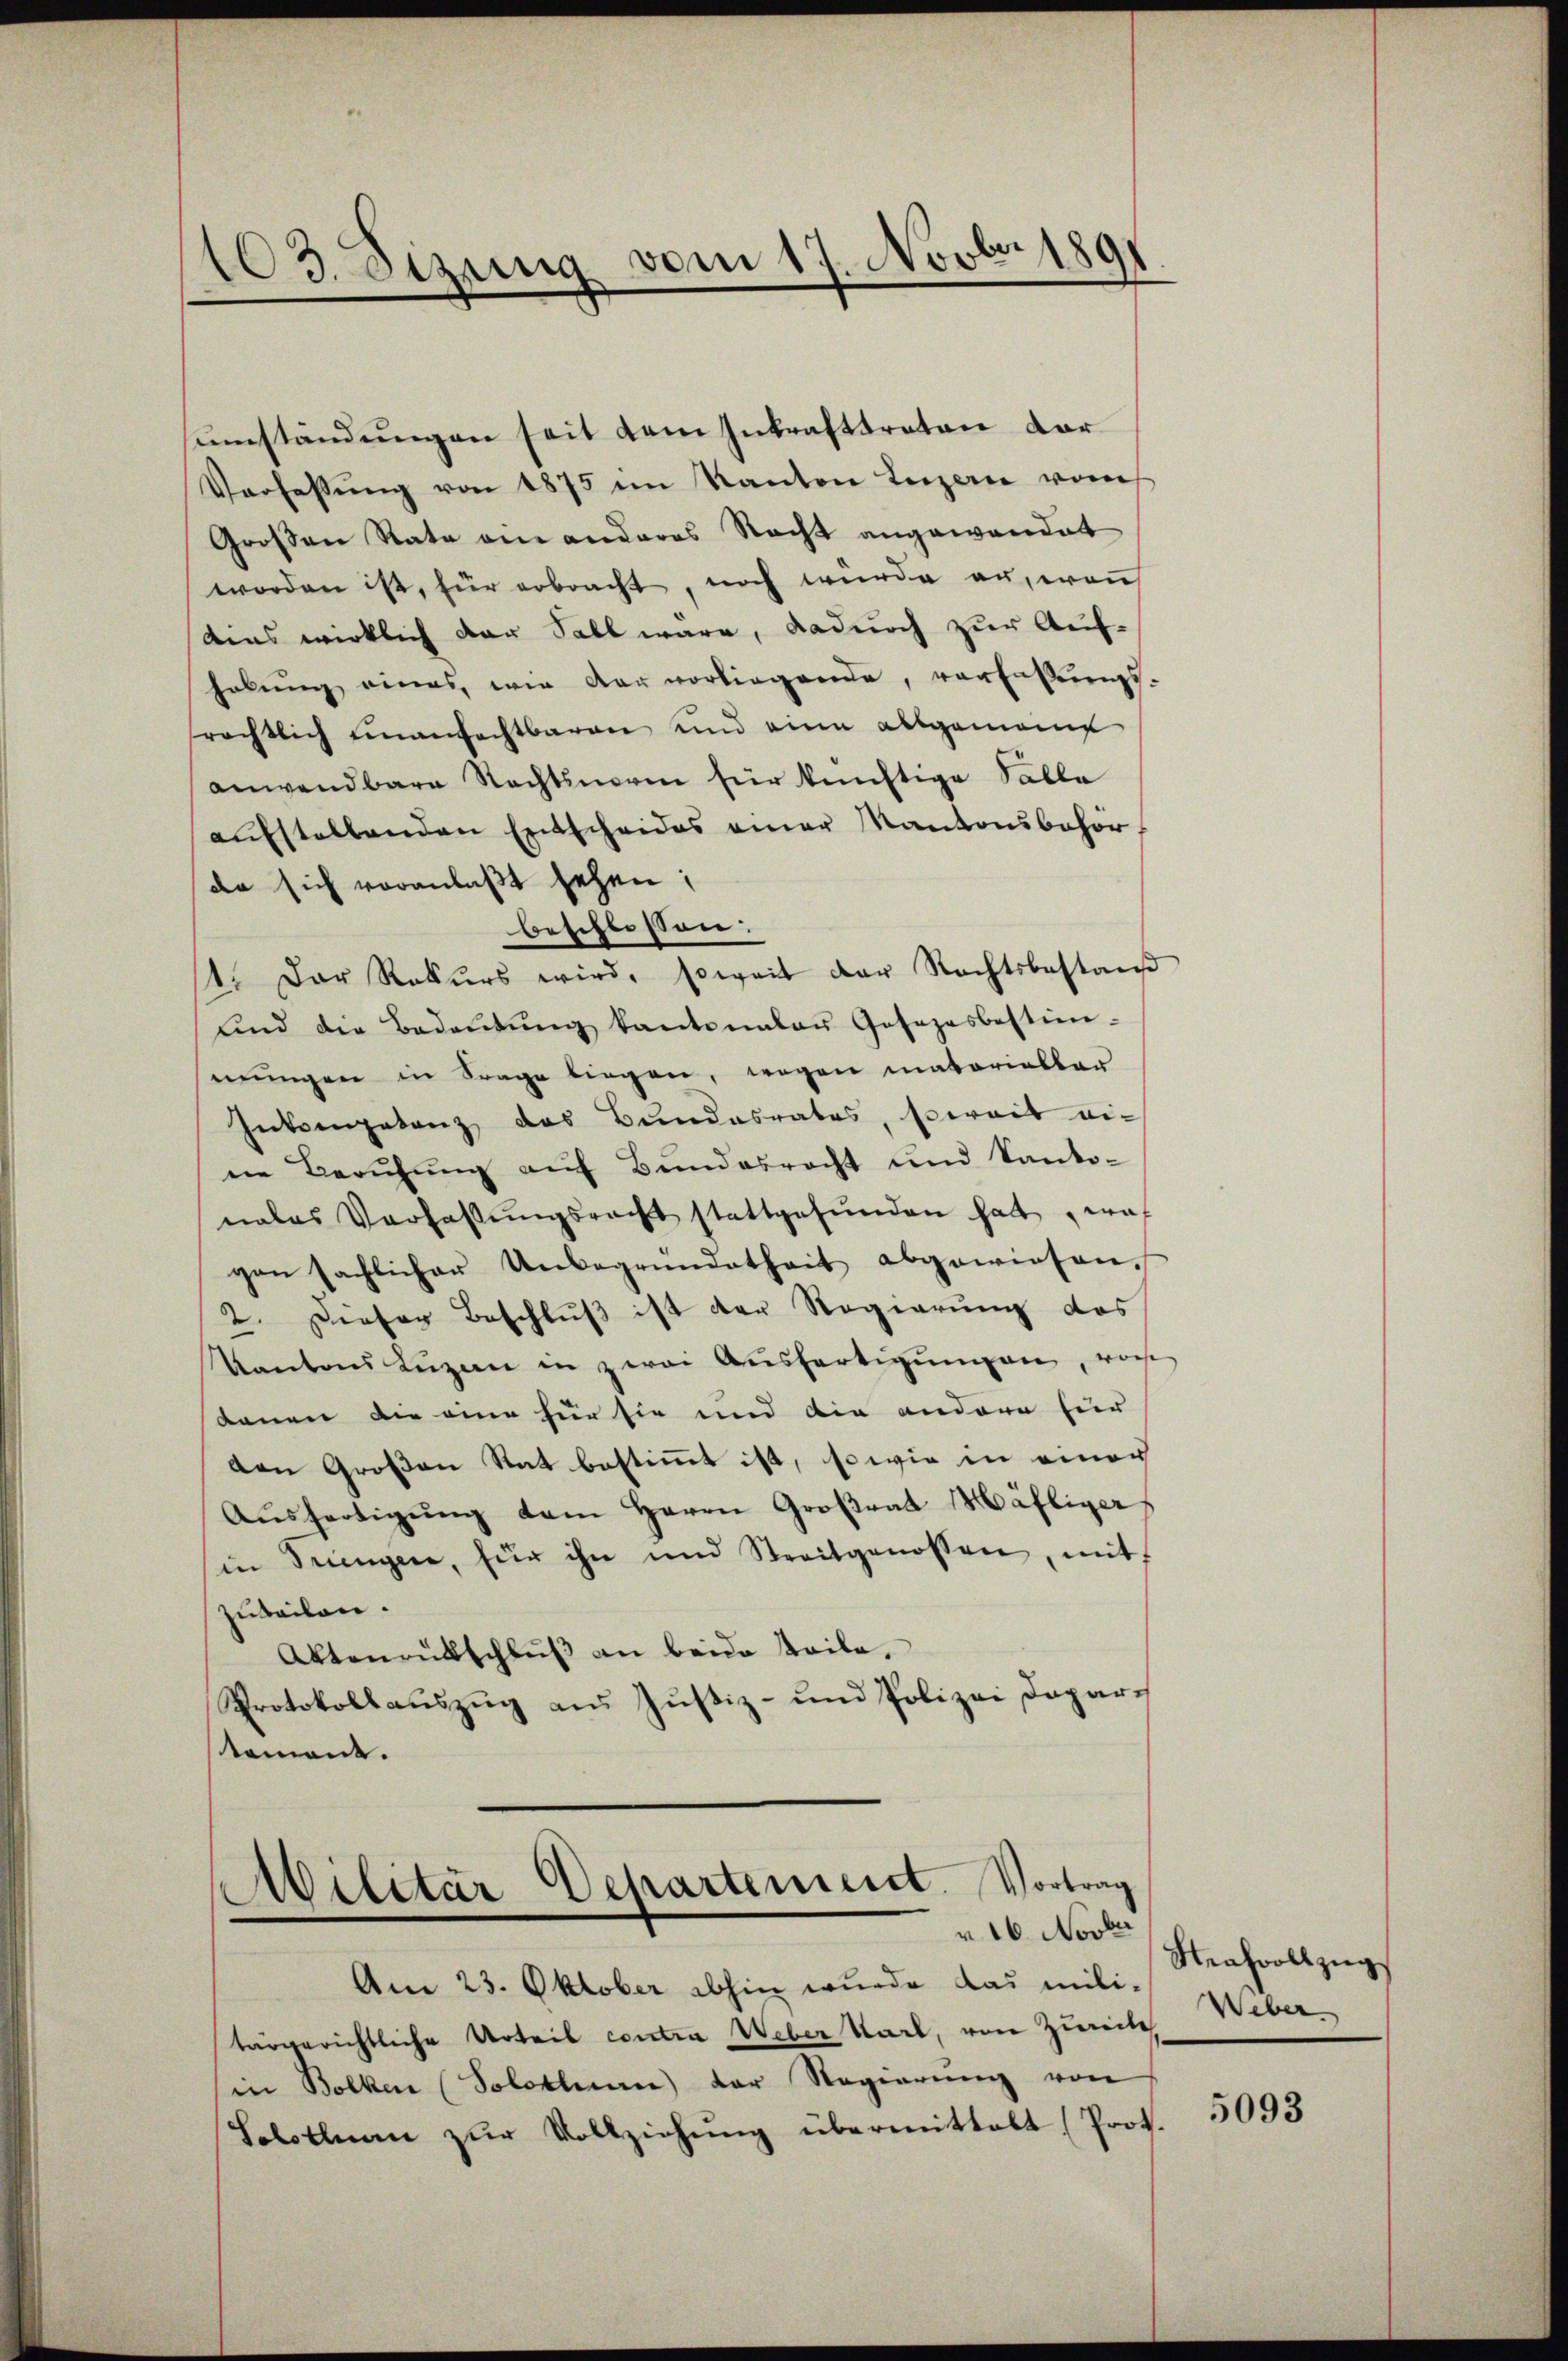
103. Sizung vom 17. Novber 1891

sumständungen seit dem Inkrafttreten vor
Verfassŭng von 1875 im Kanton Luzern vom
Großen Rate eine anderes Nacht angewandet
worden ist, für erbracht, noch wurde an, wenn
dens wirklich der Sall wäre, dadurch zur Auf-
habung eines, wie der vorliegende, verfaßungs-
srechtlich einanfechtbaren und eine allgemeint
anwendbare Rechtsnorm für künftige Salla
aŭfstellenden Entscheides einer Kantonsbehörda sich voranlaßt sehen;
beschlossen:
1. Der Rekŭrs wird, soweit der Rechtsbestand
und die Bedeŭtŭng kantonalen Gosezesbestim-
mungen in Frage liegen, wegen matorialtar
Inkompetenz das Bundesrates, soweit eine Berufung auf Bundesrecht und Kanto-
nales Verfassŭngsrecht stattgefŭnden hat, was
gon sachlicher Unbegründetheit abgewiesen.
2. Dieser Beschluß ist der Regierung das
Kantons Luzern in zwei Ausfertigungen, von
dauen die eine für sie und die andere für
den Großen Rat bestimmt ist, so wie in einer
Aŭsfertigŭng dem Herrn Großrat Häfliger
in Singen, für ihn und Streitgenossen, mit
zuteilen.
Aktenrütschlŭβ an beide Teile,
Protokollauszug aus Justiz- und Polizei Daparstament.

Militär Departement. Vortrag
r 16. Novbr

Am 23. Oktober abhin wurde das militärgerichtliche Urteil contra Weber Karl, von Zürich Weber-
in Bolken (Solothurn der Regierŭng von
Solothurn zŭr Vollziehŭng übermittalt (Prot.

Strafvollzŭg

5093